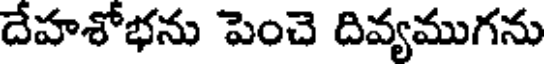
దేహశోభను పెంచె దివ్యముగను